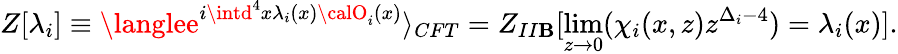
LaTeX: Z[\lambda_{i}]\equiv\langlee^{i\intd^{4}x\lambda_{i}(x){\calO}_{i}(x)}\rangle_{CFT}=Z_{II\mathbf{B}}[\operatorname*{lim}_{z\to0}(\chi_{i}(x,z)z^{\Delta_{i}-4})=\lambda_{i}(x)].